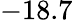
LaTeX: -18.7